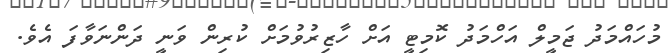
މުހައްމަދު ޖަމީލް އަހްމަދު ކޮމިޓީ އަށް ހާޒިރުވުމަށް ކުރިން ވަނީ ދަންނަވާފަ އެވެ.